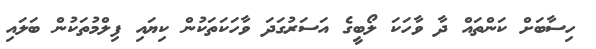
ހިސާބަށް ކަންތައް ދާ ވާހަކަ ލޯބީގެ އަސަރުގަދަ ވާހަކަތަކުން ކިޔައި ފިލްމުތަކުން ބަލައި